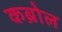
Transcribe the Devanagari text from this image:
कब्रोल